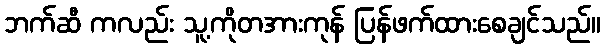
ဘက်ဆီ ကလည်း သူ့ကိုတအားကုန် ပြန်ဖက်ထားစေချင်သည်။